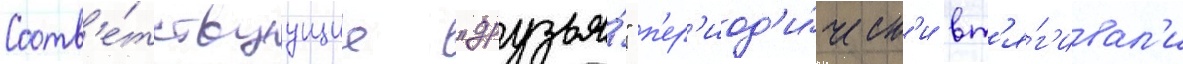
Соотв'е́тствуущие "друзья́" п'ер'иод'и́ческ'и вт'я́г'ивал'и